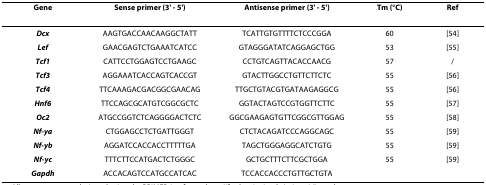
<table><thead><tr><td><b>Gene</b></td><td><b>Sense primer (3&#x27; - 5&#x27;)</b></td><td><b>Antisense primer (3&#x27; - 5&#x27;)</b></td><td><b>Tm (°C)</b></td><td><b>Ref</b></td></tr></thead><tbody><tr><td><i><b>Dcx</b></i></td><td>AAGTGACCAACAAGGCTATT</td><td>TCATTGTGTTTTCTCCCGGA</td><td>60</td><td>[54]</td></tr><tr><td><i><b>Lef</b></i></td><td>GAACGAGTCTGAAATCATCC</td><td>GTAGGGATATCAGGAGCTGG</td><td>53</td><td>[55]</td></tr><tr><td><i><b>Tcf1</b></i></td><td>CATTCCTGGAGTCCTGAAGC</td><td>CCTGTCAGTTACACCAACG</td><td>57</td><td>/</td></tr><tr><td><i><b>Tcf3</b></i></td><td>AGGAAATCACCAGTCACCGT</td><td>GTACTTGGCCTGTTCTTCTC</td><td>55</td><td>[56]</td></tr><tr><td><i><b>Tcf4</b></i></td><td>TTCAAAGACGACGGCGAACAG</td><td>TTGCTGTACGTGATAAGAGGCG</td><td>55</td><td>[56]</td></tr><tr><td><i><b>Hnf6</b></i></td><td>TTCCAGCGCATGTCGGCGCTC</td><td>GGTACTAGTCCGTGGTTCTTC</td><td>55</td><td>[57]</td></tr><tr><td><i><b>Oc2</b></i></td><td>ATGCCGGTCTCAGGGGACTCTC</td><td>GGCGAAGAGTGTTCGGCGTTGGAG</td><td>55</td><td>[58]</td></tr><tr><td><i><b>Nf-ya</b></i></td><td>CTGGAGCCTCTGATTGGGT</td><td>CTCTACAGATCCCAGGCAGC</td><td>55</td><td>[59]</td></tr><tr><td><i><b>Nf-yb</b></i></td><td>AGGATCCACCACCTTTTTGA</td><td>TAGCTGGGAGGCATCTGTG</td><td>55</td><td>[59]</td></tr><tr><td><i><b>Nf-yc</b></i></td><td>TTTCTTCCATGACTCTGGGC</td><td>GCTGCTTTCTTCGCTGGA</td><td>55</td><td>[59]</td></tr><tr><td><i><b>Gapdh</b></i></td><td>ACCACAGTCCATGCCATCAC</td><td>TCCACCACCCTGTTGCTGTA</td><td></td><td></td></tr></tbody></table>